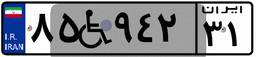
۸۸W۱۴۲۰۶